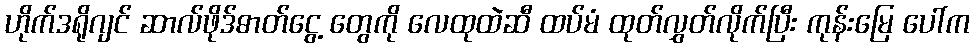
ဟိုက်ဒရိုဂျင် ဆာလ်ဖိုဒ်ဓာတ်ငွေ့ တွေကို လေထုထဲဆီ ထပ်မံ ထုတ်လွှတ်လိုက်ပြီး ကုန်းမြေ ပေါ်က